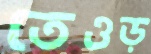
তেওড়